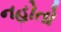
નહોતો